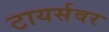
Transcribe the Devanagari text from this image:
टायर्सवर